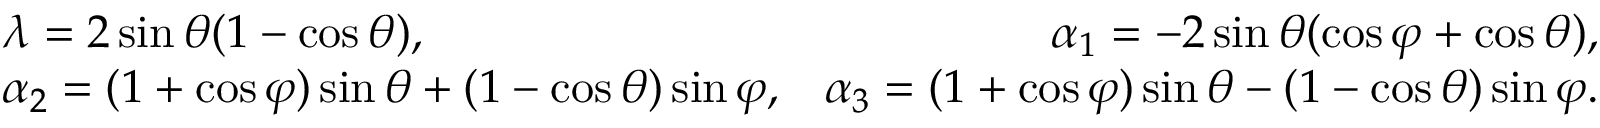
\begin{array} { r l r } & { \lambda = 2 \sin \theta ( 1 - \cos \theta ) , } & { \alpha _ { 1 } = - 2 \sin \theta ( \cos \varphi + \cos \theta ) , } \\ & { \alpha _ { 2 } = ( 1 + \cos \varphi ) \sin \theta + ( 1 - \cos \theta ) \sin \varphi , } & { \alpha _ { 3 } = ( 1 + \cos \varphi ) \sin \theta - ( 1 - \cos \theta ) \sin \varphi . } \end{array}